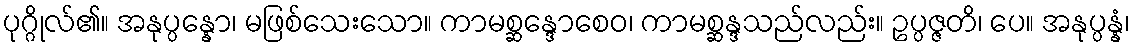
ပုဂ္ဂိုလ်၏။ အနုပ္ပန္နော၊ မဖြစ်သေးသော။ ကာမစ္ဆန္ဒောစေဝ၊ ကာမစ္ဆန္ဒသည်လည်း။ ဥပ္ပဇ္ဇတိ၊ ပေ။ အနုပ္ပန္နံ၊